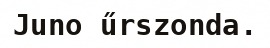
Juno űrszonda.